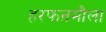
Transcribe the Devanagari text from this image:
हरफऩमौला